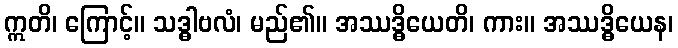
ဣတိ၊ ကြောင့်။ သဒ္ဓါဗလံ၊ မည်၏။ အဿဒ္ဓိယေတိ၊ ကား။ အဿဒ္ဓိယေန၊